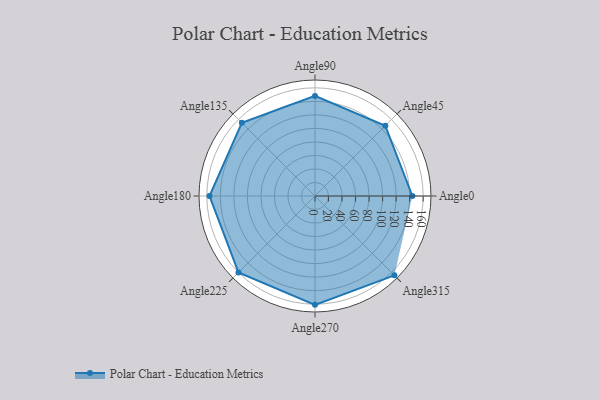
{"axis": {"x": "Angle", "y": "Radius"}, "legend": [""], "data": [{"x": "Angle0", "y": 144.0, "type": ""}, {"x": "Angle45", "y": 147.0, "type": ""}, {"x": "Angle90", "y": 148.0, "type": ""}, {"x": "Angle135", "y": 153.0, "type": ""}, {"x": "Angle180", "y": 156.0, "type": ""}, {"x": "Angle225", "y": 160.0, "type": ""}, {"x": "Angle270", "y": 161.0, "type": ""}, {"x": "Angle315", "y": 166.0, "type": ""}]}